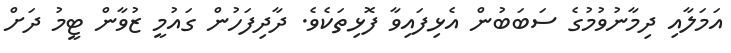
އަމަލާއި ދިމާނުވުމުގެ ސަބަބުން އެޅިފައިވާ ފޮޅިތަކެވެ. ދާދިފަހުން ގައުމީ ޒުވާން ޓީމު ދަށް